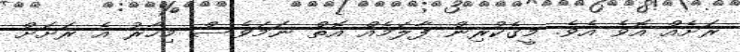
ރަށެއް އޮވެ އެވެ. މީގެކުރިން ފާލަމެއް އޮތް ނަމަވެސް މިހާރު އެ ރަށަށް